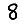
Digit: 8